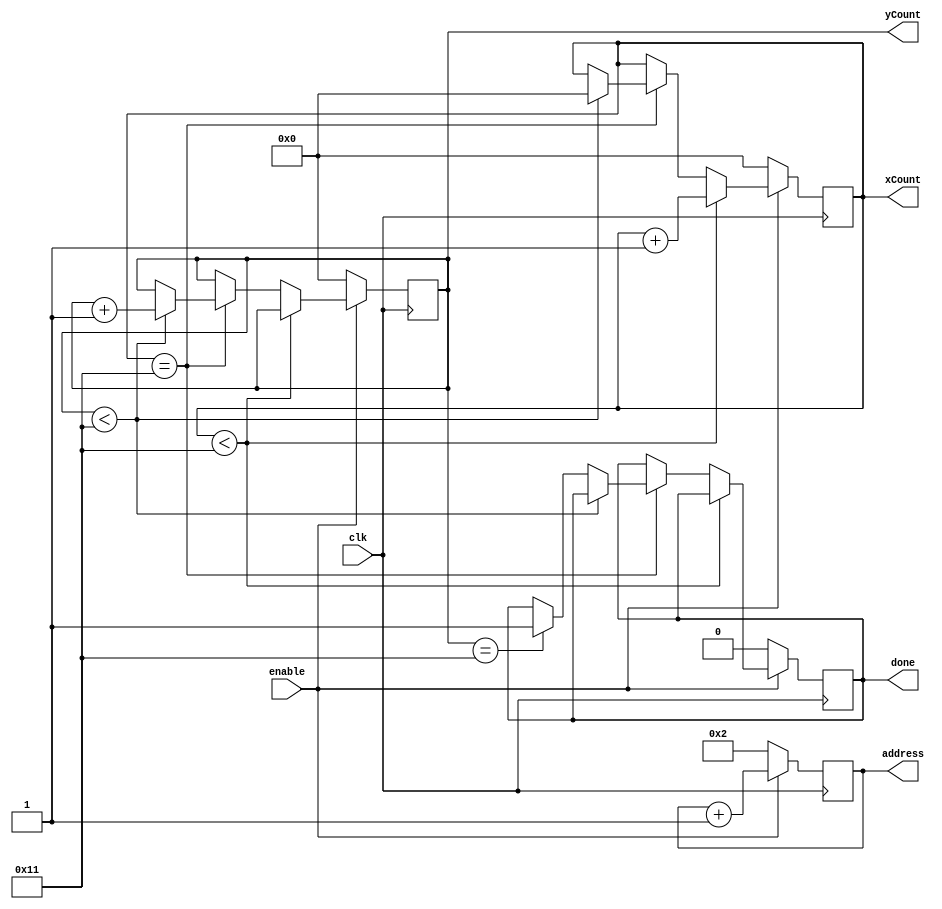
module drawNums(clk, enable, xCount, yCount, address, done);
//18x18
//num1 to num9
	input clk, enable;
	output 	reg [5:0]xCount;
	output 	reg [5:0]yCount;
	output reg [8:0]address;
	output reg done;
	
	initial begin
	xCount = 0;
	yCount = 0;
	address = 2;
	end	
	
	always @ (posedge clk)
	begin
	if (enable) begin
		if (xCount < 6'd17)
		         xCount <= xCount +1;
				
		else if (xCount==6'd17) begin
			if (yCount<6'd17) begin
				xCount<=0;
				yCount<=yCount+1;
			end
			else if (yCount==6'd17) done<=1; 
 			end 
		address <= address+9'b1;
		end
	    else begin 
		done <= 0; 
		xCount = 0;
		yCount = 0;
		address <= 2;
		end
	end
endmodule